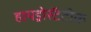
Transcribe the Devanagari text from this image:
हायड्रोस्टॅटीक